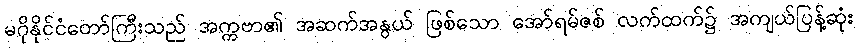
မဂိုနိုင်ငံတော်ကြီးသည် အက္ကဗာ၏ အဆက်အနွယ် ဖြစ်သော အော်ရမ်ဇစ် လက်ထက်၌ အကျယ်ပြန့်ဆုံး